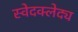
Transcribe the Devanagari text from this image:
स्वेदक्लेद्य